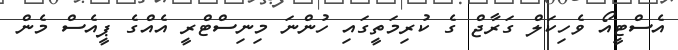
އެސްޓީއޯ ވެހިކަލް ގަރާޖް ގެ ކުރިމަތީގައި ހުންނަ މިނިސްޓްރީ އެއްގެ ޕީއެސް މެން